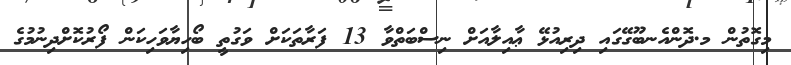
މިގޮތުން މ.ދޮންއެނބޫގޭގައި ދިރިއުޅޭ ޢާއިލާއަށް ނިސްބަތްވާ 13 ފަރާތަކަށް ވަގުތީ ބޯހިޔާވަހިކަން ފޯރުކޮށްދިނުމުގެ